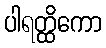
ပါရတ္ထိကော